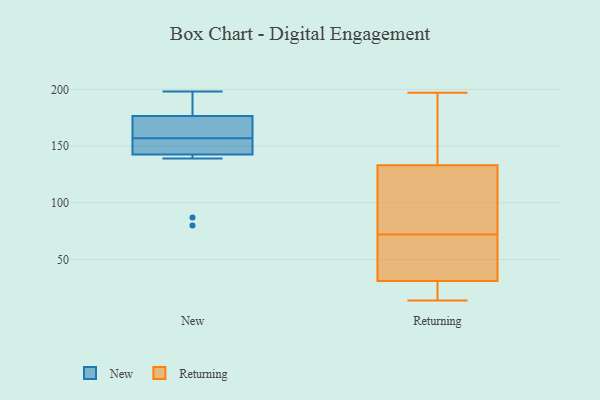
{"axis": {"x": "Latency (ms)", "y": "Value"}, "legend": ["New", "Returning"], "data": [{"x": "", "y": 152, "type": "New"}, {"x": "", "y": 80, "type": "New"}, {"x": "", "y": 146, "type": "New"}, {"x": "", "y": 158, "type": "New"}, {"x": "", "y": 181, "type": "New"}, {"x": "", "y": 198, "type": "New"}, {"x": "", "y": 87, "type": "New"}, {"x": "", "y": 195, "type": "New"}, {"x": "", "y": 156, "type": "New"}, {"x": "", "y": 172, "type": "New"}, {"x": "", "y": 139, "type": "New"}, {"x": "", "y": 158, "type": "New"}, {"x": "", "y": 28, "type": "Returning"}, {"x": "", "y": 61, "type": "Returning"}, {"x": "", "y": 23, "type": "Returning"}, {"x": "", "y": 53, "type": "Returning"}, {"x": "", "y": 197, "type": "Returning"}, {"x": "", "y": 17, "type": "Returning"}, {"x": "", "y": 85, "type": "Returning"}, {"x": "", "y": 14, "type": "Returning"}, {"x": "", "y": 133, "type": "Returning"}, {"x": "", "y": 31, "type": "Returning"}, {"x": "", "y": 184, "type": "Returning"}, {"x": "", "y": 62, "type": "Returning"}, {"x": "", "y": 72, "type": "Returning"}, {"x": "", "y": 171, "type": "Returning"}, {"x": "", "y": 119, "type": "Returning"}, {"x": "", "y": 72, "type": "Returning"}, {"x": "", "y": 104, "type": "Returning"}, {"x": "", "y": 138, "type": "Returning"}]}